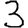
Digit: 3